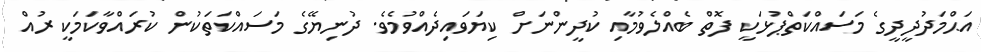
އަޙްމަދުދީދީގެ މަސައްކަތްޕުޅަކީ ފޮތް ބެއްލެވުމާއި ކުދީންނަށް ކިޔަވައިދެއްވުމެވެ. ދުނިޔޭގެ މަސައްކަތަކުން ކުރައްވާކަމަކީ ރުއް